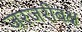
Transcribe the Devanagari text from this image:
जरजरीबक्ष